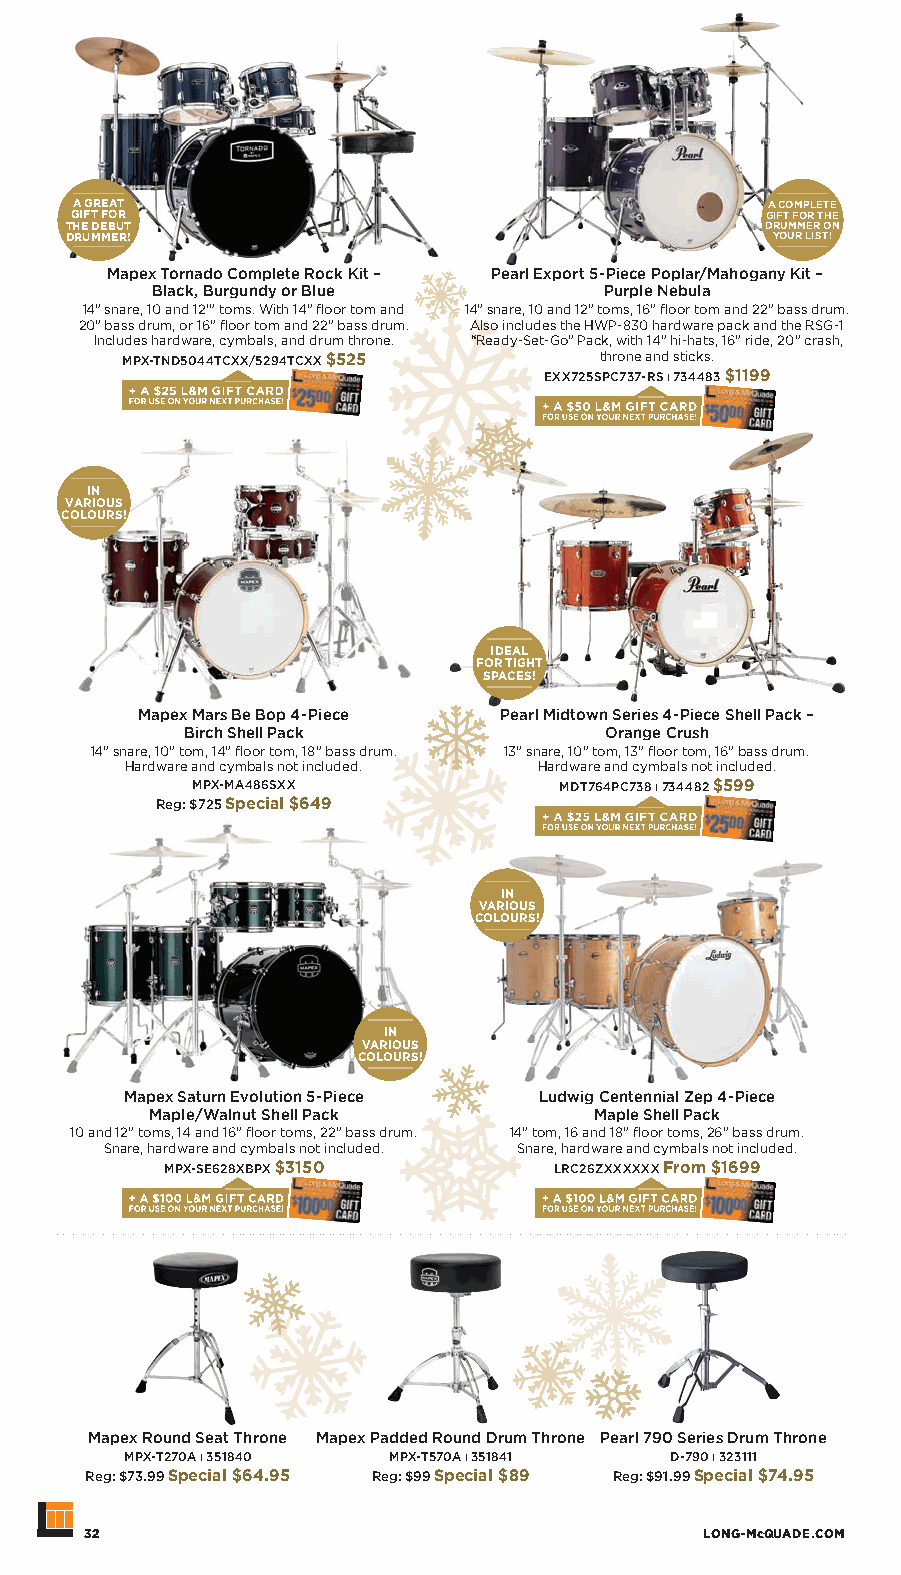
A GREAT                                       A COMPLETE
 GIFT FOR                                      GIFT FOR THE
 THE DEBUT                                      DRUMMER ON
 DRUMMER!                                       YOUR LIST!
 Mapex Tornado Complete Rock Kit – Pearl Export 5-Piece Poplar/Mahogany Kit –
 Black, Burgundy or Blue       Purple Nebula
 14” snare, 10 and 12’” toms. With 14” floor tom and 14” snare, 10 and 12” toms, 16” floor tom and 22” bass drum.
 20” bass drum, or 16” floor tom and 22” bass drum. Also includes the HWP-830 hardware pack and the RSG-1
 Includes hardware, cymbals, and drum throne. “Ready-Set-Go” Pack, with 14” hi-hats, 16” ride, 20” crash,
 MPX-TND5044TCXX/5294TCXX $525   throne and sticks.
 EXX725SPC737-RS ı 734483 $1199
 IN
 VARIOUS
 COLOURS!
 IDEAL
 FOR TIGHT
 SPACES!
 Mapex Mars Be Bop 4-Piece Pearl Midtown Series 4-Piece Shell Pack –
 Birch Shell Pack            Orange Crush
 14” snare, 10” tom, 14” floor tom, 18” bass drum. 13” snare, 10” tom, 13” floor tom, 16” bass drum.
 Hardware and cymbals not included. Hardware and cymbals not included.
 MPX-MA486SXX            MDT764PC738 ı 734482 $599
 Reg: $725 Special $649
 IN
 VARIOUS
 COLOURS!
 IN
 VARIOUS
 COLOURS!
 Mapex Saturn Evolution 5-Piece Ludwig Centennial Zep 4-Piece
 Maple/Walnut Shell Pack      Maple Shell Pack
 10 and 12” toms, 14 and 16” floor toms, 22” bass drum. 14” tom, 16 and 18” floor toms, 26” bass drum.
 Snare, hardware and cymbals not included. Snare, hardware and cymbals not included.
 MPX-SE628XBPX $3150       LRC26ZXXXXXX From $1699
 Mapex Round Seat Throne Mapex Padded Round Drum Throne Pearl 790 Series Drum Throne
 MPX-T270A ı 351840 MPX-T570A ı 351841 D-790 ı 323111
 Reg: $73.99 Special $64.95 Reg: $99 Special $89 Reg: $91.99 Special $74.95
 32                                      LONG-McQUADE.COM